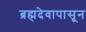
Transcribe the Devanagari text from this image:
ब्रह्मदेवापासून